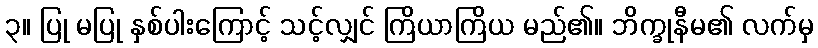
၃။ ပြု မပြု နှစ်ပါးကြောင့် သင့်လျှင် ကြိယာကြိယ မည်၏။ ဘိက္ခုနီမ၏ လက်မှ